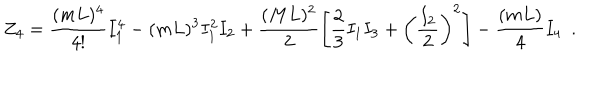
Z _ { 4 } = \frac { ( m L ) ^ { 4 } } { 4 ! } I _ { 1 } ^ { 4 } - ( m L ) ^ { 3 } I _ { 1 } ^ { 2 } I _ { 2 } + \frac { ( M L ) ^ { 2 } } { 2 } \left[ \frac { 2 } { 3 } I _ { 1 } I _ { 3 } + \left( \frac { I _ { 2 } } { 2 } \right) ^ { 2 } \right] - \frac { ( m L ) } { 4 } I _ { 4 } \, \, \, .